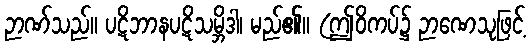
ဉာဏ်သည်။ ပဋိဘာနပဋိသမ္ဘိဒါ၊ မည်၏။ (ဤဝိကပ်၌ ဉာဏေသုဖြင့်